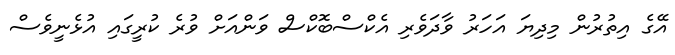
އޭގެ އިތުރުން މިދިޔަ އަހަރު ވާދަވެރި އެކްސްބޮކްސް ވަންއަށް ވުރެ ކުރީގައި އުޅެނީވެސް